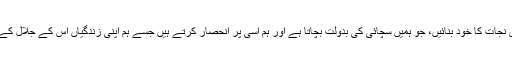
یسوع مسیح کو ہماری نجات کا خود بنائیں، جو ہمیں سچائی کی بدولت بچاتا ہے اور ہم اسی پر انحصار کرتے ہیں جسے ہم اپنی زندگیاں اس کے جلال کےلئے سونپ دیتے ہیں۔